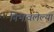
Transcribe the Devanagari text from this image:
निभावलेल्या